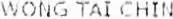
WONG TAI CHIN